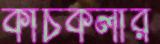
কাঁচকলার